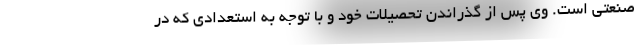
صنعتی است. وی پس از گذراندن تحصیلات خود و با توجه به استعدادی که در